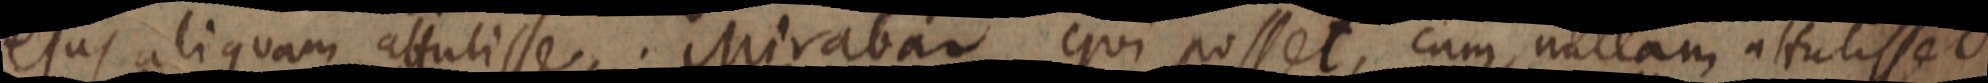
ejus aliquam altulisse. Mirabar qui posset, cum nullam altutisset